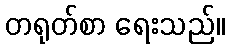
တရုတ်စာ ရေးသည်။